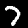
Digit: 7